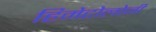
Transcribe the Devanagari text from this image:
हिमेटोलोजी